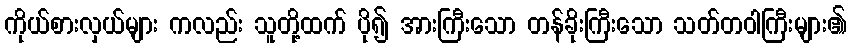
ကိုယ်စားလှယ်များ ကလည်း သူတို့ထက် ပို၍ အားကြီးသော တန်ခိုးကြီးသော သတ်တဝါကြီးများ၏